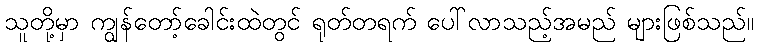
သူတို့မှာ ကျွန်တော့်ခေါင်းထဲတွင် ရုတ်တရက် ပေါ်လာသည့်အမည် များဖြစ်သည်။